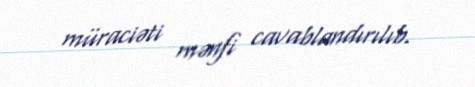
müraciəti mənfi cavablandırılıb.